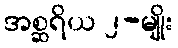
အစ္ဆရိယ ၂-မျိုး